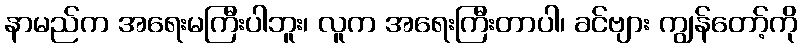
နာမည်က အရေးမကြီးပါဘူး၊ လူက အရေးကြီးတာပါ၊ ခင်ဗျား ကျွန်တော့်ကို